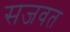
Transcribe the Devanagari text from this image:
सजवत